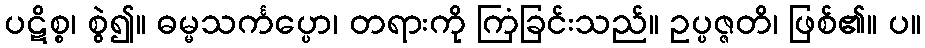
ပဋိစ္စ၊ စွဲ၍။ ဓမ္မသင်္ကပ္ပော၊ တရားကို ကြံခြင်းသည်။ ဥပ္ပဇ္ဇတိ၊ ဖြစ်၏။ ပ။